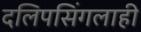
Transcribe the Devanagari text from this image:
दलिपसिंगलाही